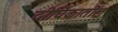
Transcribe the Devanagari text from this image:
दीर्घिकातील